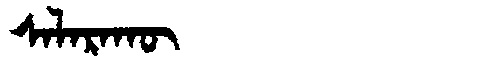
Manchu: ᠰᠠᠯᠠᡵᠠᡴᡡ
Romanization: SALARAKŪ